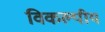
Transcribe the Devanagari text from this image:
विकल्पीय